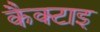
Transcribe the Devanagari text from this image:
कैक्टाइ